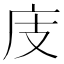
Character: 庋